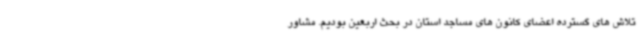
تلاش های گسترده اعضای کانون های مساجد استان در بحث اربعین بودیم. مشاور